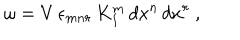
\omega = V \, \epsilon _ { m n r } \, K _ { I } ^ { m } \, d x ^ { n } \, d x ^ { r } \ ,